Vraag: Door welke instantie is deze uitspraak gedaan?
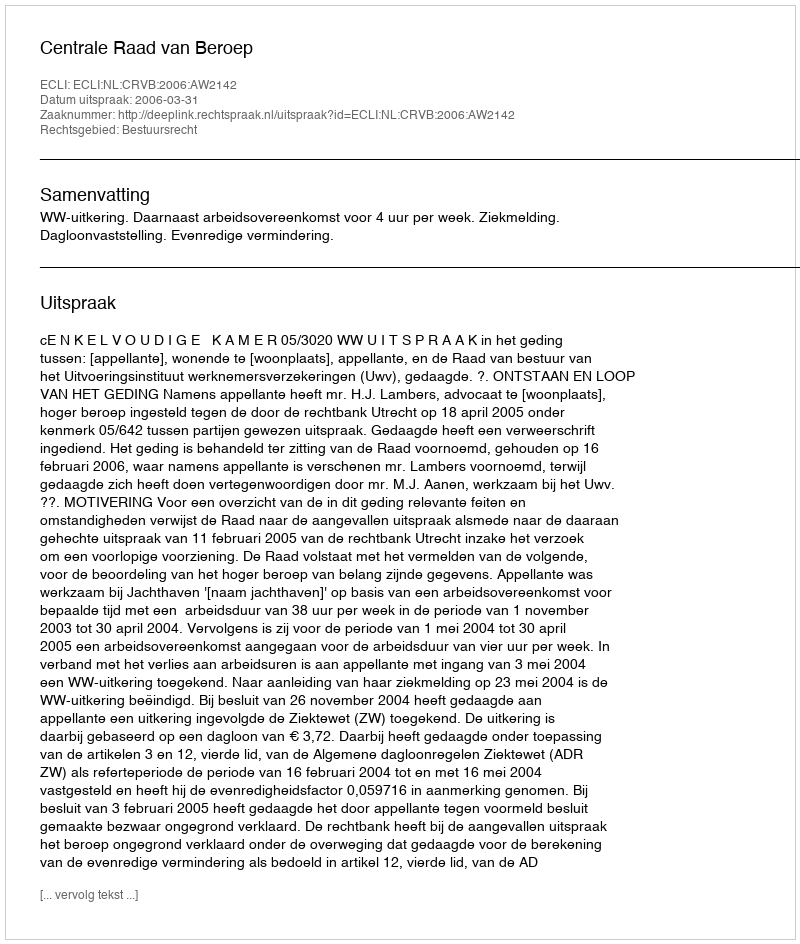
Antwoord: Centrale Raad van Beroep